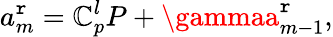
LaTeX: a_{m}^{\mathtt{r}}=\mathbb{C}_{p}^{l}P+\gammaa_{m-1}^{\mathtt{r}},